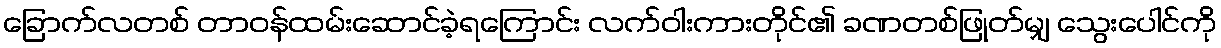
ခြောက်လတစ် တာဝန်ထမ်းဆောင်ခဲ့ရကြောင်း လက်ဝါးကားတိုင်၏ ခဏတစ်ဖြုတ်မျှ သွေးပေါင်ကို